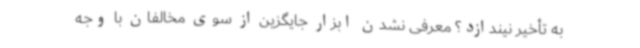
به تأخیر نیندازد؟ معرفی نشدن ابزار جایگزین از سوی مخالفان با وجه